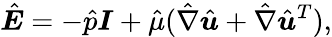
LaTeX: \hat{\boldsymbol{E}}=-\hat{p}\boldsymbol{I}+\hat{\mu}(\hat{\nabla}\hat{\boldsymbol{u}}+\hat{\nabla}\hat{\boldsymbol{u}}^{T}),